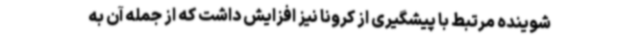
شوینده مرتبط با پیشگیری از کرونا نیز افزایش داشت که از جمله آن به